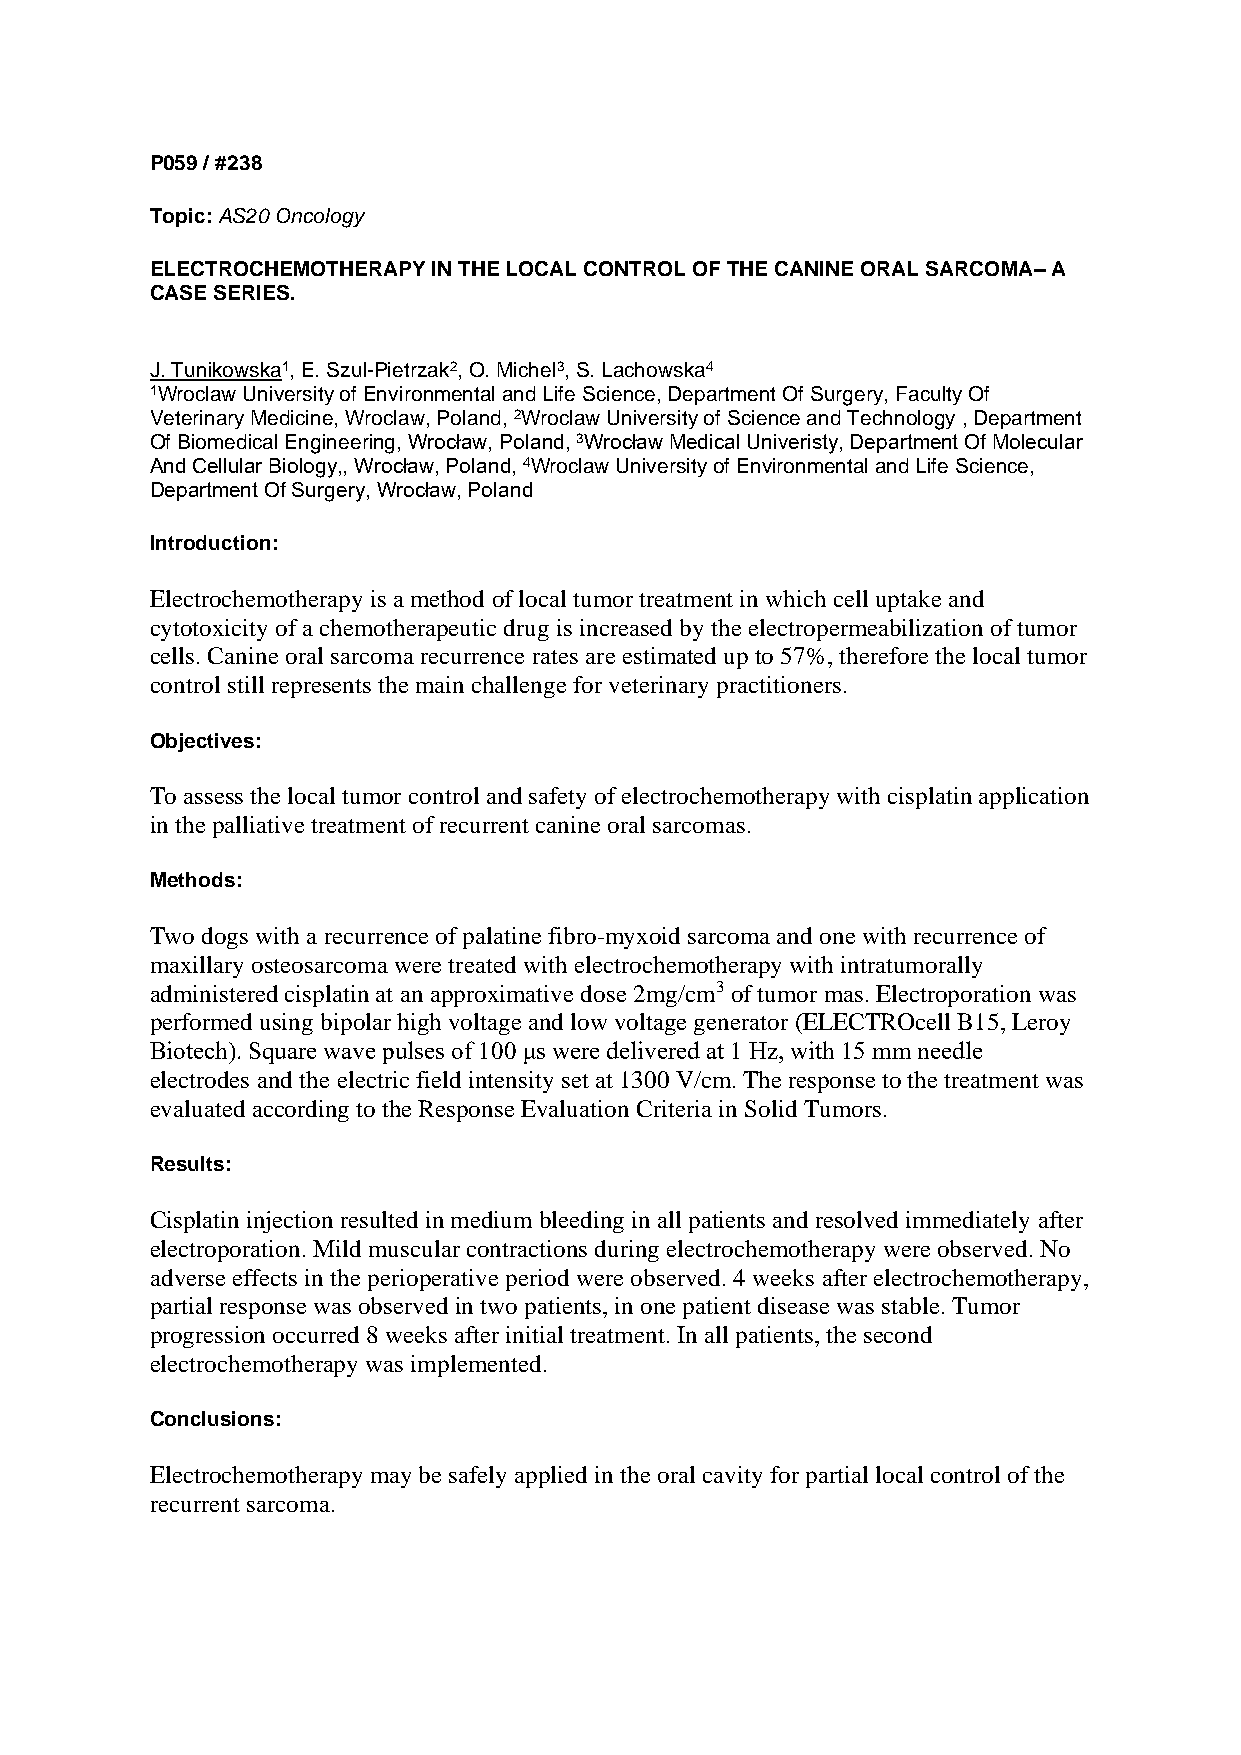
P059 / #238
 Topic: AS20 Oncology
 ELECTROCHEMOTHERAPY IN THE LOCAL CONTROL OF THE CANINE ORAL SARCOMA– A
 CASE SERIES.
 J. Tunikowska1, E. Szul-Pietrzak2, O. Michel3, S. Lachowska4
 1Wroclaw University of Environmental and Life Science, Department Of Surgery, Faculty Of
 Veterinary Medicine, Wroclaw, Poland, 2Wroclaw University of Science and Technology , Department
 Of Biomedical Engineering, Wrocław, Poland, 3Wrocław Medical Univeristy, Department Of Molecular
 And Cellular Biology,, Wrocław, Poland, 4Wroclaw University of Environmental and Life Science,
 Department Of Surgery, Wrocław, Poland
 Introduction:
 Electrochemotherapy is a method of local tumor treatment in which cell uptake and
 cytotoxicity of a chemotherapeutic drug is increased by the electropermeabilization of tumor
 cells. Canine oral sarcoma recurrence rates are estimated up to 57%, therefore the local tumor
 control still represents the main challenge for veterinary practitioners.
 Objectives:
 To assess the local tumor control and safety of electrochemotherapy with cisplatin application
 in the palliative treatment of recurrent canine oral sarcomas.
 Methods:
 Two dogs with a recurrence of palatine fibro-myxoid sarcoma and one with recurrence of
 maxillary osteosarcoma were treated with electrochemotherapy with intratumorally
 administered cisplatin at an approximative dose 2mg/cm3 of tumor mas. Electroporation was
 performed using bipolar high voltage and low voltage generator (ELECTROcell B15, Leroy
 Biotech). Square wave pulses of 100 μs were delivered at 1 Hz, with 15 mm needle
 electrodes and the electric field intensity set at 1300 V/cm. The response to the treatment was
 evaluated according to the Response Evaluation Criteria in Solid Tumors.
 Results:
 Cisplatin injection resulted in medium bleeding in all patients and resolved immediately after
 electroporation. Mild muscular contractions during electrochemotherapy were observed. No
 adverse effects in the perioperative period were observed. 4 weeks after electrochemotherapy,
 partial response was observed in two patients, in one patient disease was stable. Tumor
 progression occurred 8 weeks after initial treatment. In all patients, the second
 electrochemotherapy was implemented.
 Conclusions:
 Electrochemotherapy may be safely applied in the oral cavity for partial local control of the
 recurrent sarcoma.